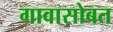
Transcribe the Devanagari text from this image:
गावासोबत